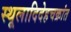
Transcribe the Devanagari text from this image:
स्थूलादिदेहचक्रांत